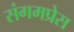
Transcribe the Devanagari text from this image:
संगमप्रेस